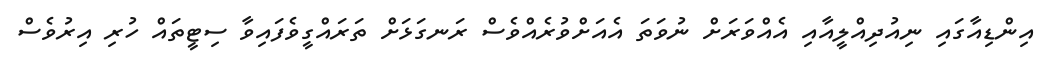
އިންޑިއާގައި ނިއުދިއްލީއާއި އެއްވަރަށް ނުވަތަ އެއަށްވުރެއްވެސް ރަނގަޅަށް ތަރައްގީވެފައިވާ ސިޓީތައް ހުރި އިރުވެސް